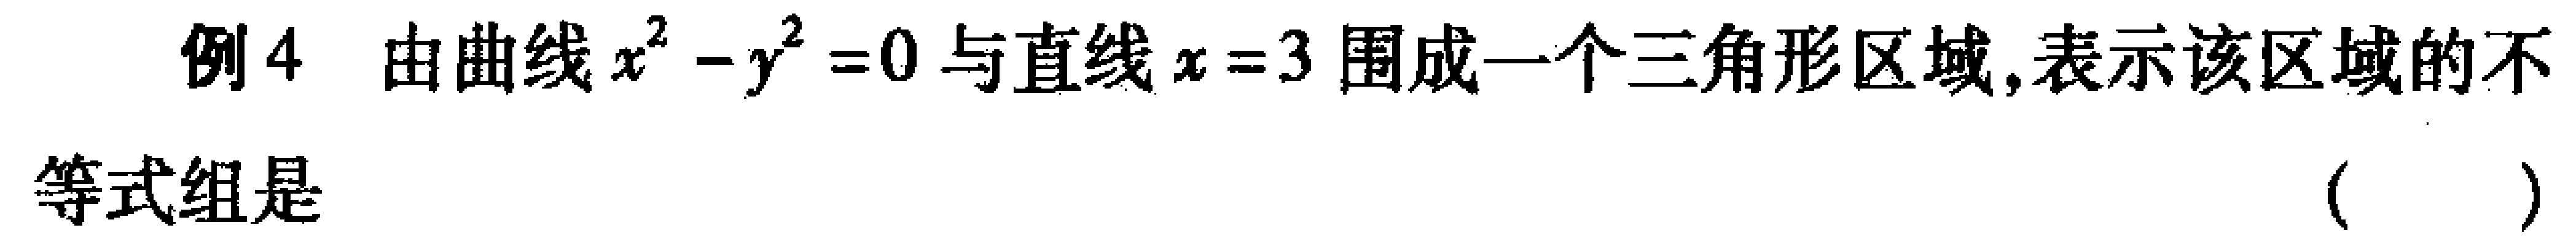
例4 由曲线\(x^{2}-y^{2}=0\)与直线\(x = 3\)围成一个三角形区域,表示该区域的不

等式组是

( )